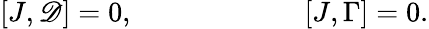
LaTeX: [J,\mathscr{D}]=0,\qquad\qquad\qquad[J,\Gamma]=0.